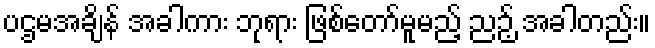
ပဌမအချိန် အခါကား ဘုရား ဖြစ်တော်မူမည့် ညဉ့် အခါတည်း။